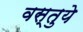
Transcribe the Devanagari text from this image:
वस्तुये